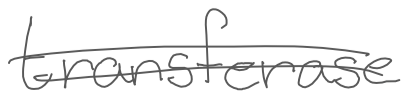
Text: transferase
Cross-out: mix
Writing tool: digital_gray